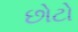
છોટો